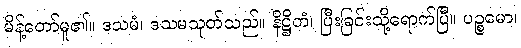
မိန့်တော်မူ၏။ ဒသမံ၊ ဒသမသုတ်သည်။ နိဋ္ဌိတံ၊ ပြီးခြင်းသို့ရောက်ပြီ။ ပဉ္စမော၊